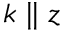
k \parallel z